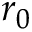
r _ { 0 }